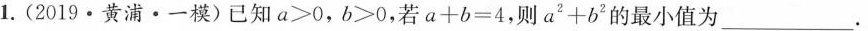
1.(2019·黄浦·一模)已知$$a > 0$$，$$b > 0$$，若$$a + b = 4$$，则$$a^{2} + b^{2}$$的最小值为___.